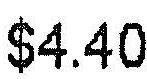
$4.40